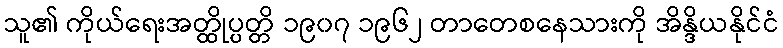
သူ၏ ကိုယ်ရေးအတ္ထိုပ္ပတ္တိ ၁၉၀၇ ၁၉၆၂ တာတေစနေသားကို အိန္ဒိယနိုင်ငံ